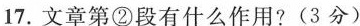
17.文章第②段有什么作用?(3分)